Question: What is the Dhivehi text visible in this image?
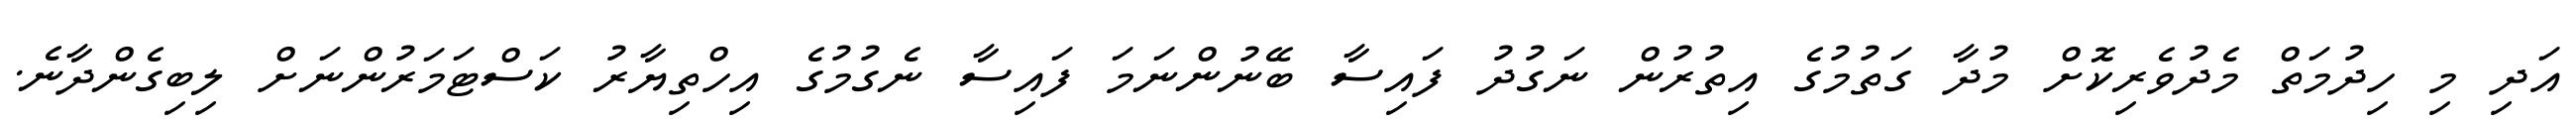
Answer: އަދި މި ހިދުމަތް މެދުވެރިކޮށް މުދާ ގަތުމުގެ އިތުރުން ނަގުދު ފައިސާ ބޭނުންނަމަ ފައިސާ ނެގުމުގެ އިހްތިޔާރު ކަސްޓަމަރުންނަށް ލިބިގެންދާނެ.